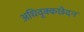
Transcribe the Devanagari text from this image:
अधिवृक्कछेदन